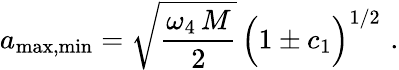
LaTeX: a_{\mathrm{max,min}}=\sqrt{\frac{\omega_{4}\, M}{2}}\, \Big(1\pm c_{1}\Big)^{1/2}\, \, .